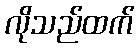
လိုသည်ထက်